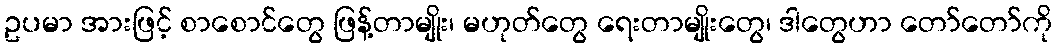
ဥပမာ အားဖြင့် စာစောင်တွေ ဖြန့်တာမျိုး၊ မဟုတ်တွေ ရေးတာမျိုးတွေ၊ ဒါတွေဟာ တော်တော်ကို